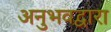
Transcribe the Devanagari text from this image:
अनुभवद्वारा